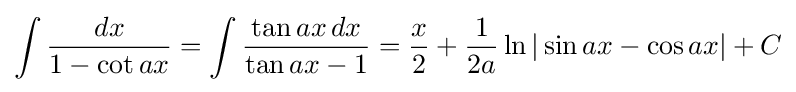
\int {\frac {dx}{1-\cot ax}}=\int {\frac {\tan ax\,dx}{\tan ax-1}}={\frac {x}{2}}+{\frac {1}{2a}}\ln |\sin ax-\cos ax|+C